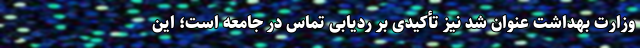
وزارت بهداشت عنوان شد نیز تأکیدی بر ردیابی تماس در جامعه است؛ این